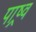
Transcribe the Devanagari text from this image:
पाष्र्व